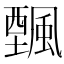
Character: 𩘔